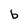
Character: b